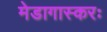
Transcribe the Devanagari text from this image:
मेडागास्करः